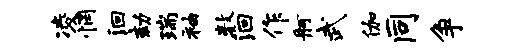
凌惘洄劾瑞袖数洄作舸武伽同争